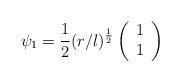
LaTeX: \begin{align*}\psi_1=\frac{1}{2}(r/l)^{\frac{1}{2}}\left( \begin{array}{c} 1 \\ 1 \end{array} \right)\end{align*}